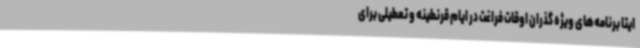
ایتا برنامه‌های ویژه گذران اوقات فراغت در ایام قرنطینه و تعطیلی برای